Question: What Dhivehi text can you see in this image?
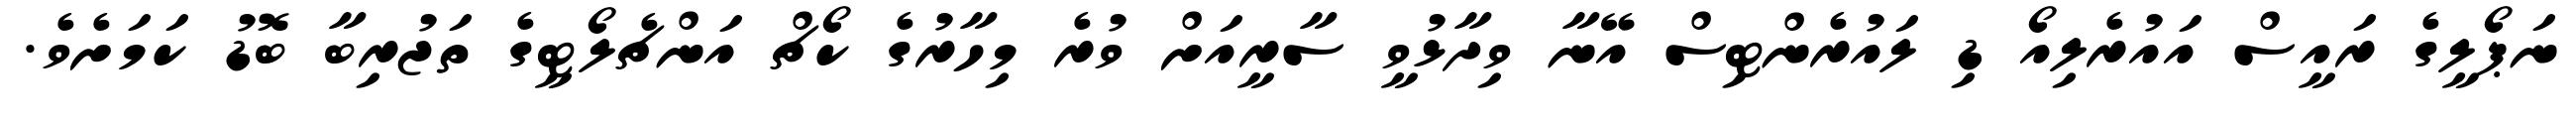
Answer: ނަޕޯލީގެ ރައީސް އައުރެލިއޯ ޑި ލައުރެންޓިސް އޭނާ ވިދާޅުވީ ސާރީއަށް ވުރެ މިހާރުގެ ކޯޗް އަންޗެލޯޓީގެ ތަޖުރިބާ ބޮޑު ކަމަށެވެ.